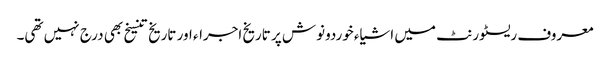
معروف ریسٹورنٹ میں اشیاء خوردونوش پر تاریخ اجراء اور تاریخ تنسیخ بھی درج نہیں تھی۔